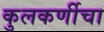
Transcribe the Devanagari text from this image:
कुलकर्णीचा